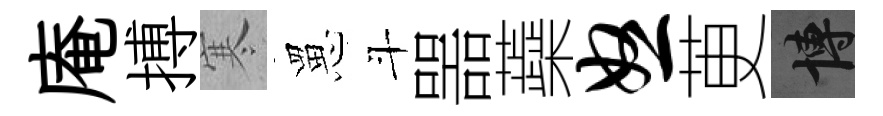
庵搏寒罳斗噐蘃怒茰博